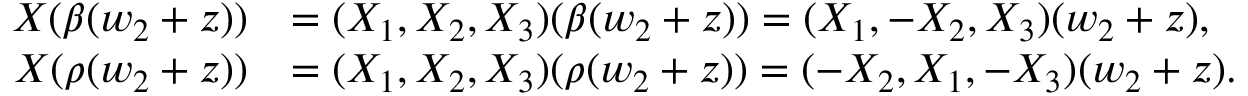
\begin{array} { r l } { X ( \beta ( w _ { 2 } + z ) ) } & { = ( X _ { 1 } , X _ { 2 } , X _ { 3 } ) ( \beta ( w _ { 2 } + z ) ) = ( X _ { 1 } , - X _ { 2 } , X _ { 3 } ) ( w _ { 2 } + z ) , } \\ { X ( \rho ( w _ { 2 } + z ) ) } & { = ( X _ { 1 } , X _ { 2 } , X _ { 3 } ) ( \rho ( w _ { 2 } + z ) ) = ( - X _ { 2 } , X _ { 1 } , - X _ { 3 } ) ( w _ { 2 } + z ) . } \end{array}